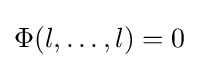
\Phi (l,\ldots ,l)=0